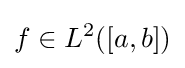
f\in L^{2}([a,b])